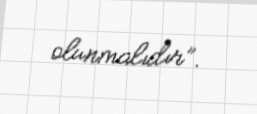
olunmalıdır”.